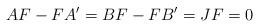
LaTeX: \begin{align*}AF - FA' = BF-FB' = JF = 0\end{align*}